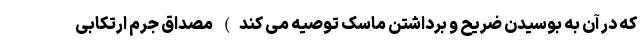
که در آن به بوسیدن ضریح و برداشتن ماسک توصیه می کند) مصداق جرم ارتکابی